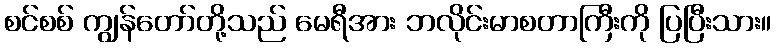
စင်စစ် ကျွန်တော်တို့သည် မေရီအား ဘလိုင်းမာစတာကြီးကို ပြပြီးသား။